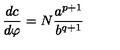
\frac { d c } { d \varphi } = N \frac { a ^ { p + 1 } } { b ^ { q + 1 } }